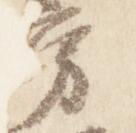
房